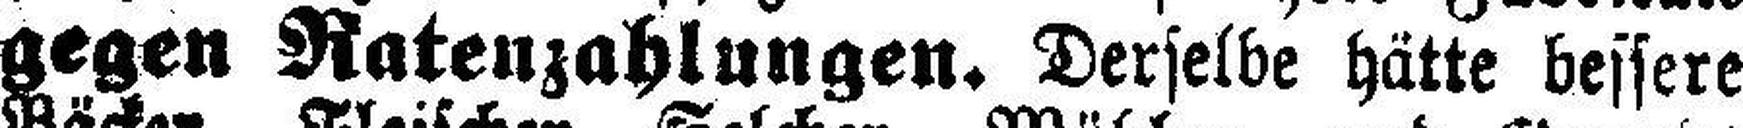
gegen Ratenzahlungen. Derselbe hätte bessere